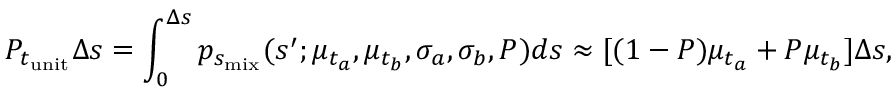
P _ { t _ { \mathrm { u n i t } } } \Delta s = \int _ { 0 } ^ { \Delta s } p _ { s _ { \mathrm { m i x } } } ( s ^ { \prime } ; \mu _ { t _ { a } } , \mu _ { t _ { b } } , \sigma _ { a } , \sigma _ { b } , P ) d s \approx [ ( 1 - P ) \mu _ { t _ { a } } + P \mu _ { t _ { b } } ] \Delta s ,